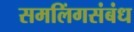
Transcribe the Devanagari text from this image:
समलिंगसंबंध